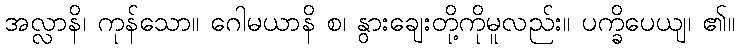
အလ္လာနိ၊ ကုန်သော။ ဂေါမယာနိ စ၊ နွားချေးတို့ကိုမူလည်း။ ပက္ခိပေယျ၊ ၏။